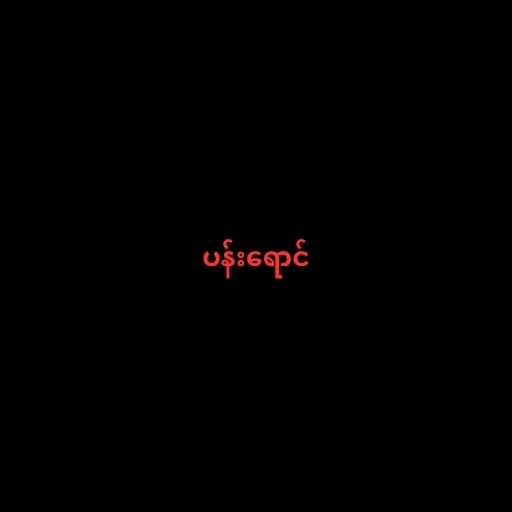
ပန်းရောင်